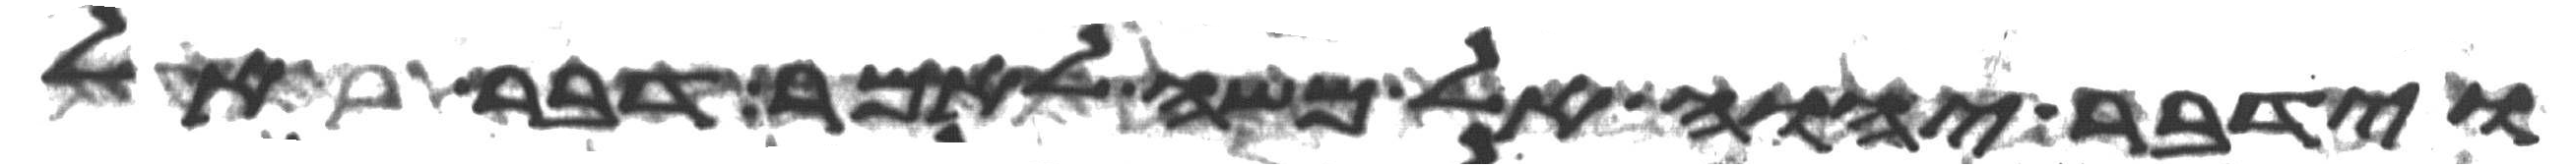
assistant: וידבר יהוה אל משה לאמר דבר אל